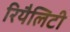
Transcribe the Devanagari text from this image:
रियैलिटी